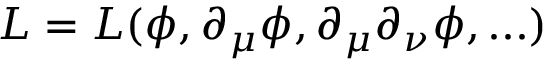
\cal L = \cal L ( \phi , \partial _ { \mu } \phi , \partial _ { \mu } \partial _ { \nu } \phi , . . . )